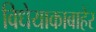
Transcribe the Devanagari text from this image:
विधेयाकाबाहेर